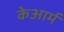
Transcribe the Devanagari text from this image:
केआर्म